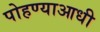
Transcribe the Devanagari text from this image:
पोहण्याआधी